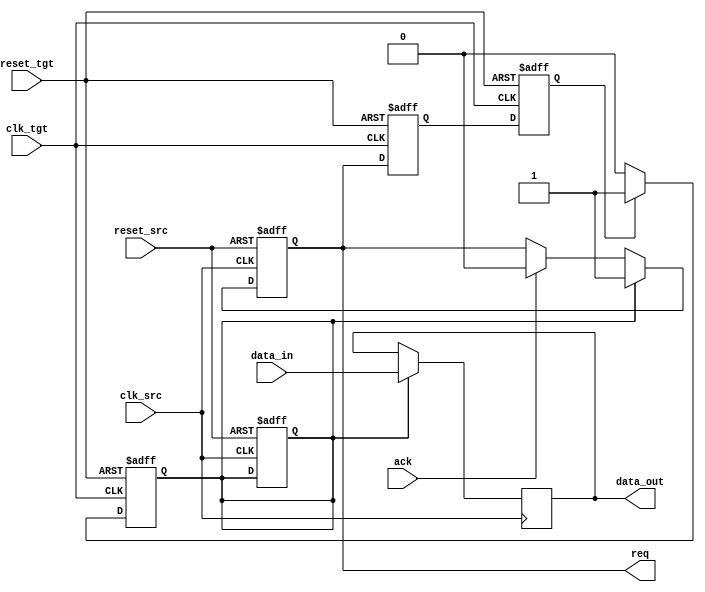
module handshake_synchronizer #(
    parameter DATA_WIDTH = 8
)(
    input wire clk_src,          // Source clock
    input wire clk_tgt,          // Target clock
    input wire reset_src,        // Reset for source domain
    input wire reset_tgt,        // Reset for target domain
    input wire [DATA_WIDTH-1:0] data_in, // Data input from sender
    output reg req,              // Request signal from sender
    input wire ack,              // Acknowledge signal from receiver
    output reg [DATA_WIDTH-1:0] data_out // Data output to receiver
);

    // State variables
    reg data_valid;
    reg ack_sync_1, ack_sync_2; // Synchronization registers for ack signal
    reg req_sync_1, req_sync_2; // Synchronization registers for req signal

    // Sender Logic
    always @(posedge clk_src or posedge reset_src) begin
        if (reset_src) begin
            req <= 0;
            data_valid <= 0;
        end else begin
            if (data_valid) begin
                req <= 1; // Assert request if data is valid
            end else if (ack) begin
                req <= 0; // De-assert request when ack is received
            end
        end
    end

    // Data assignment
    always @(posedge clk_src) begin
        if (data_valid) begin
            data_out <= data_in; // Capture data to send
        end
    end

    // Receiver Logic
    always @(posedge clk_tgt or posedge reset_tgt) begin
        if (reset_tgt) begin
            ack_sync_1 <= 0;
            ack_sync_2 <= 0;
        end else begin
            ack_sync_1 <= ack; // First stage of synchronization
            ack_sync_2 <= ack_sync_1; // Second stage of synchronization
        end
    end

    // Acknowledge Logic
    always @(posedge clk_tgt or posedge reset_tgt) begin
        if (reset_tgt) begin
            data_valid <= 0;
        end else begin
            if (req_sync_2) begin
                data_valid <= 1; // Data is valid when request is received
            end else if (data_valid) begin
                data_valid <= 0; // Reset data valid after processing
            end
        end
    end

    // Synchronize request signal
    always @(posedge clk_tgt or posedge reset_tgt) begin
        if (reset_tgt) begin
            req_sync_1 <= 0;
            req_sync_2 <= 0;
        end else begin
            req_sync_1 <= req; // First stage of synchronization
            req_sync_2 <= req_sync_1; // Second stage of synchronization
        end
    end

endmodule